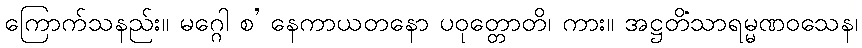
ကြောက်သနည်း။ မဂ္ဂေါ စ’ နေကာယတနော ပဝုတ္တောတိ၊ ကား။ အဋ္ဌတိံသာရမ္မဏဝသေန၊